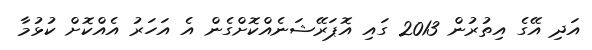
އަދި އޭގެ އިތުރުން 2013 ގައި އޮޕަރޭޝަނެއްކޮށްގެން އެ އަހަރު އެއްކޮށް ކުޅުމާ